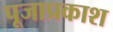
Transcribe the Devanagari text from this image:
पूजाप्रकाश